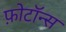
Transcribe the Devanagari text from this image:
फ़ोटॉन्स